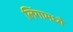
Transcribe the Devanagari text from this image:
लिंगामध्ये